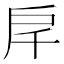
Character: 𢨮